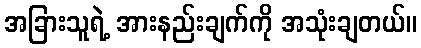
အခြားသူရဲ့ အားနည်းချက်ကို အသုံးချတယ်။